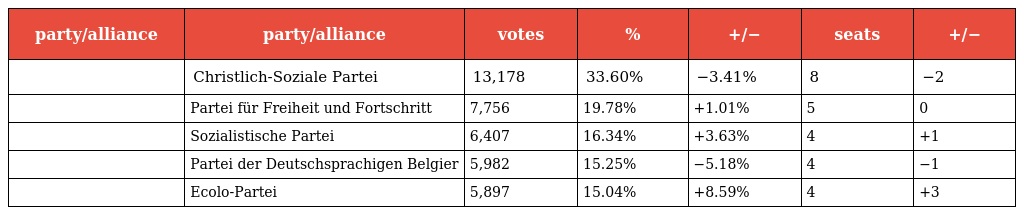
| party/alliance | party/alliance | votes | % | +/− | seats | +/− |
 | --- | --- | --- | --- | --- | --- | --- |
 |  | Christlich-Soziale Partei | 13,178 | 33.60% | −3.41% | 8 | −2 |
 |  | Partei für Freiheit und Fortschritt | 7,756 | 19.78% | +1.01% | 5 | 0 |
 |  | Sozialistische Partei | 6,407 | 16.34% | +3.63% | 4 | +1 |
 |  | Partei der Deutschsprachigen Belgier | 5,982 | 15.25% | −5.18% | 4 | −1 |
 |  | Ecolo-Partei | 5,897 | 15.04% | +8.59% | 4 | +3 |